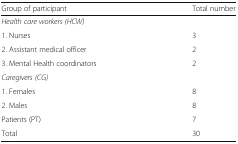
<table><thead><tr><td><b>Group of participant</b></td><td><b>Total number</b></td></tr></thead><tbody><tr><td><i>Health care workers (HCW)</i></td><td></td></tr><tr><td>1. Nurses</td><td>3</td></tr><tr><td>2. Assistant medical officer</td><td>2</td></tr><tr><td>3. Mental Health coordinators</td><td>2</td></tr><tr><td><i>Caregivers (CG)</i></td><td></td></tr><tr><td>1. Females</td><td>8</td></tr><tr><td>2. Males</td><td>8</td></tr><tr><td>Patients (PT)</td><td>7</td></tr><tr><td>Total</td><td>30</td></tr></tbody></table>